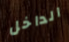
الداخل